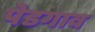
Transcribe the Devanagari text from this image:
पेडगाव